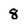
Character: 8